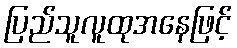
ပြည်သူလူထုအနေဖြင့်